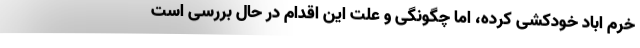
خرم اباد خودکشی کرده، اما چگونگی و علت این اقدام در حال بررسی است